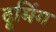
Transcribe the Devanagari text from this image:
दूमिंग